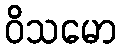
ဝိသမော